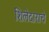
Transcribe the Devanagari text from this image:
शिलेदाराचे